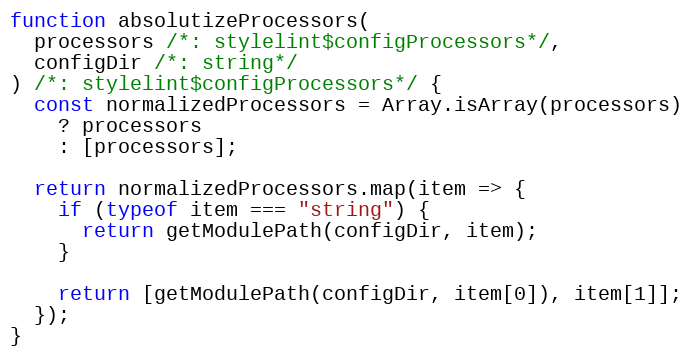
Language: JavaScript
function absolutizeProcessors(
  processors /*: stylelint$configProcessors*/,
  configDir /*: string*/
) /*: stylelint$configProcessors*/ {
  const normalizedProcessors = Array.isArray(processors)
    ? processors
    : [processors];

  return normalizedProcessors.map(item => {
    if (typeof item === "string") {
      return getModulePath(configDir, item);
    }

    return [getModulePath(configDir, item[0]), item[1]];
  });
}